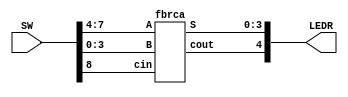
module fbrca_demo(LEDR, SW);
    output [9:0] LEDR;
    input [9:0] SW;

    fbrca m0(
        .S(LEDR[3:0]),
        .cout(LEDR[4]),
        .A(SW[7:4]),
        .B(SW[3:0]),
        .cin(SW[8])
    );

endmodule

module fbrca(S, cout, A, B, cin);
    output [3:0] S;
    output cout;
    input [3:0] A;
    input [3:0] B;
    input cin;
    wire c1, c2, c3;

    full_adder u0(
        .sum(S[0]),
        .cout(c1),
        .a(A[0]),
        .b(B[0]),
        .cin(cin)
    );

    full_adder u1(
        .sum(S[1]),
        .cout(c2),
        .a(A[1]),
        .b(B[1]),
        .cin(c1)
    );

    full_adder u2(
        .sum(S[2]),
        .cout(c3),
        .a(A[2]),
        .b(B[2]),
        .cin(c2)
    );

    full_adder u3(
        .sum(S[3]),
        .cout(cout),
        .a(A[3]),
        .b(B[3]),
        .cin(c3)
    );

endmodule

module full_adder(sum, cout, a, b, cin);
    output sum, cout;
    input a, b, cin;

    assign sum = a^b^cin;
    assign cout = (a&b)|(cin&(a^b));
endmodule